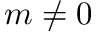
m \neq 0